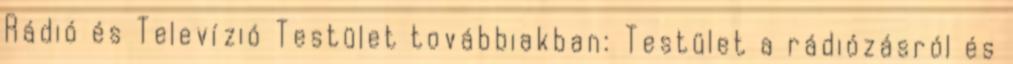
Rádió és Televízió Testület továbbiakban: Testület a rádiózásról és